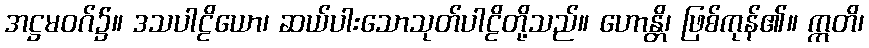
အဋ္ဌမဝဂ်၌။ ဒသပါဠိယော၊ ဆယ်ပါးသောသုတ်ပါဠိတို့သည်။ ဟောန္တိ၊ ဖြစ်ကုန်၏။ ဣတိ၊